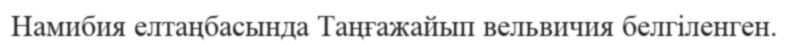
Намибия елтаңбасында Таңғажайып вельвичия белгіленген.